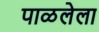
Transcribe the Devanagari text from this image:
पाळलेला